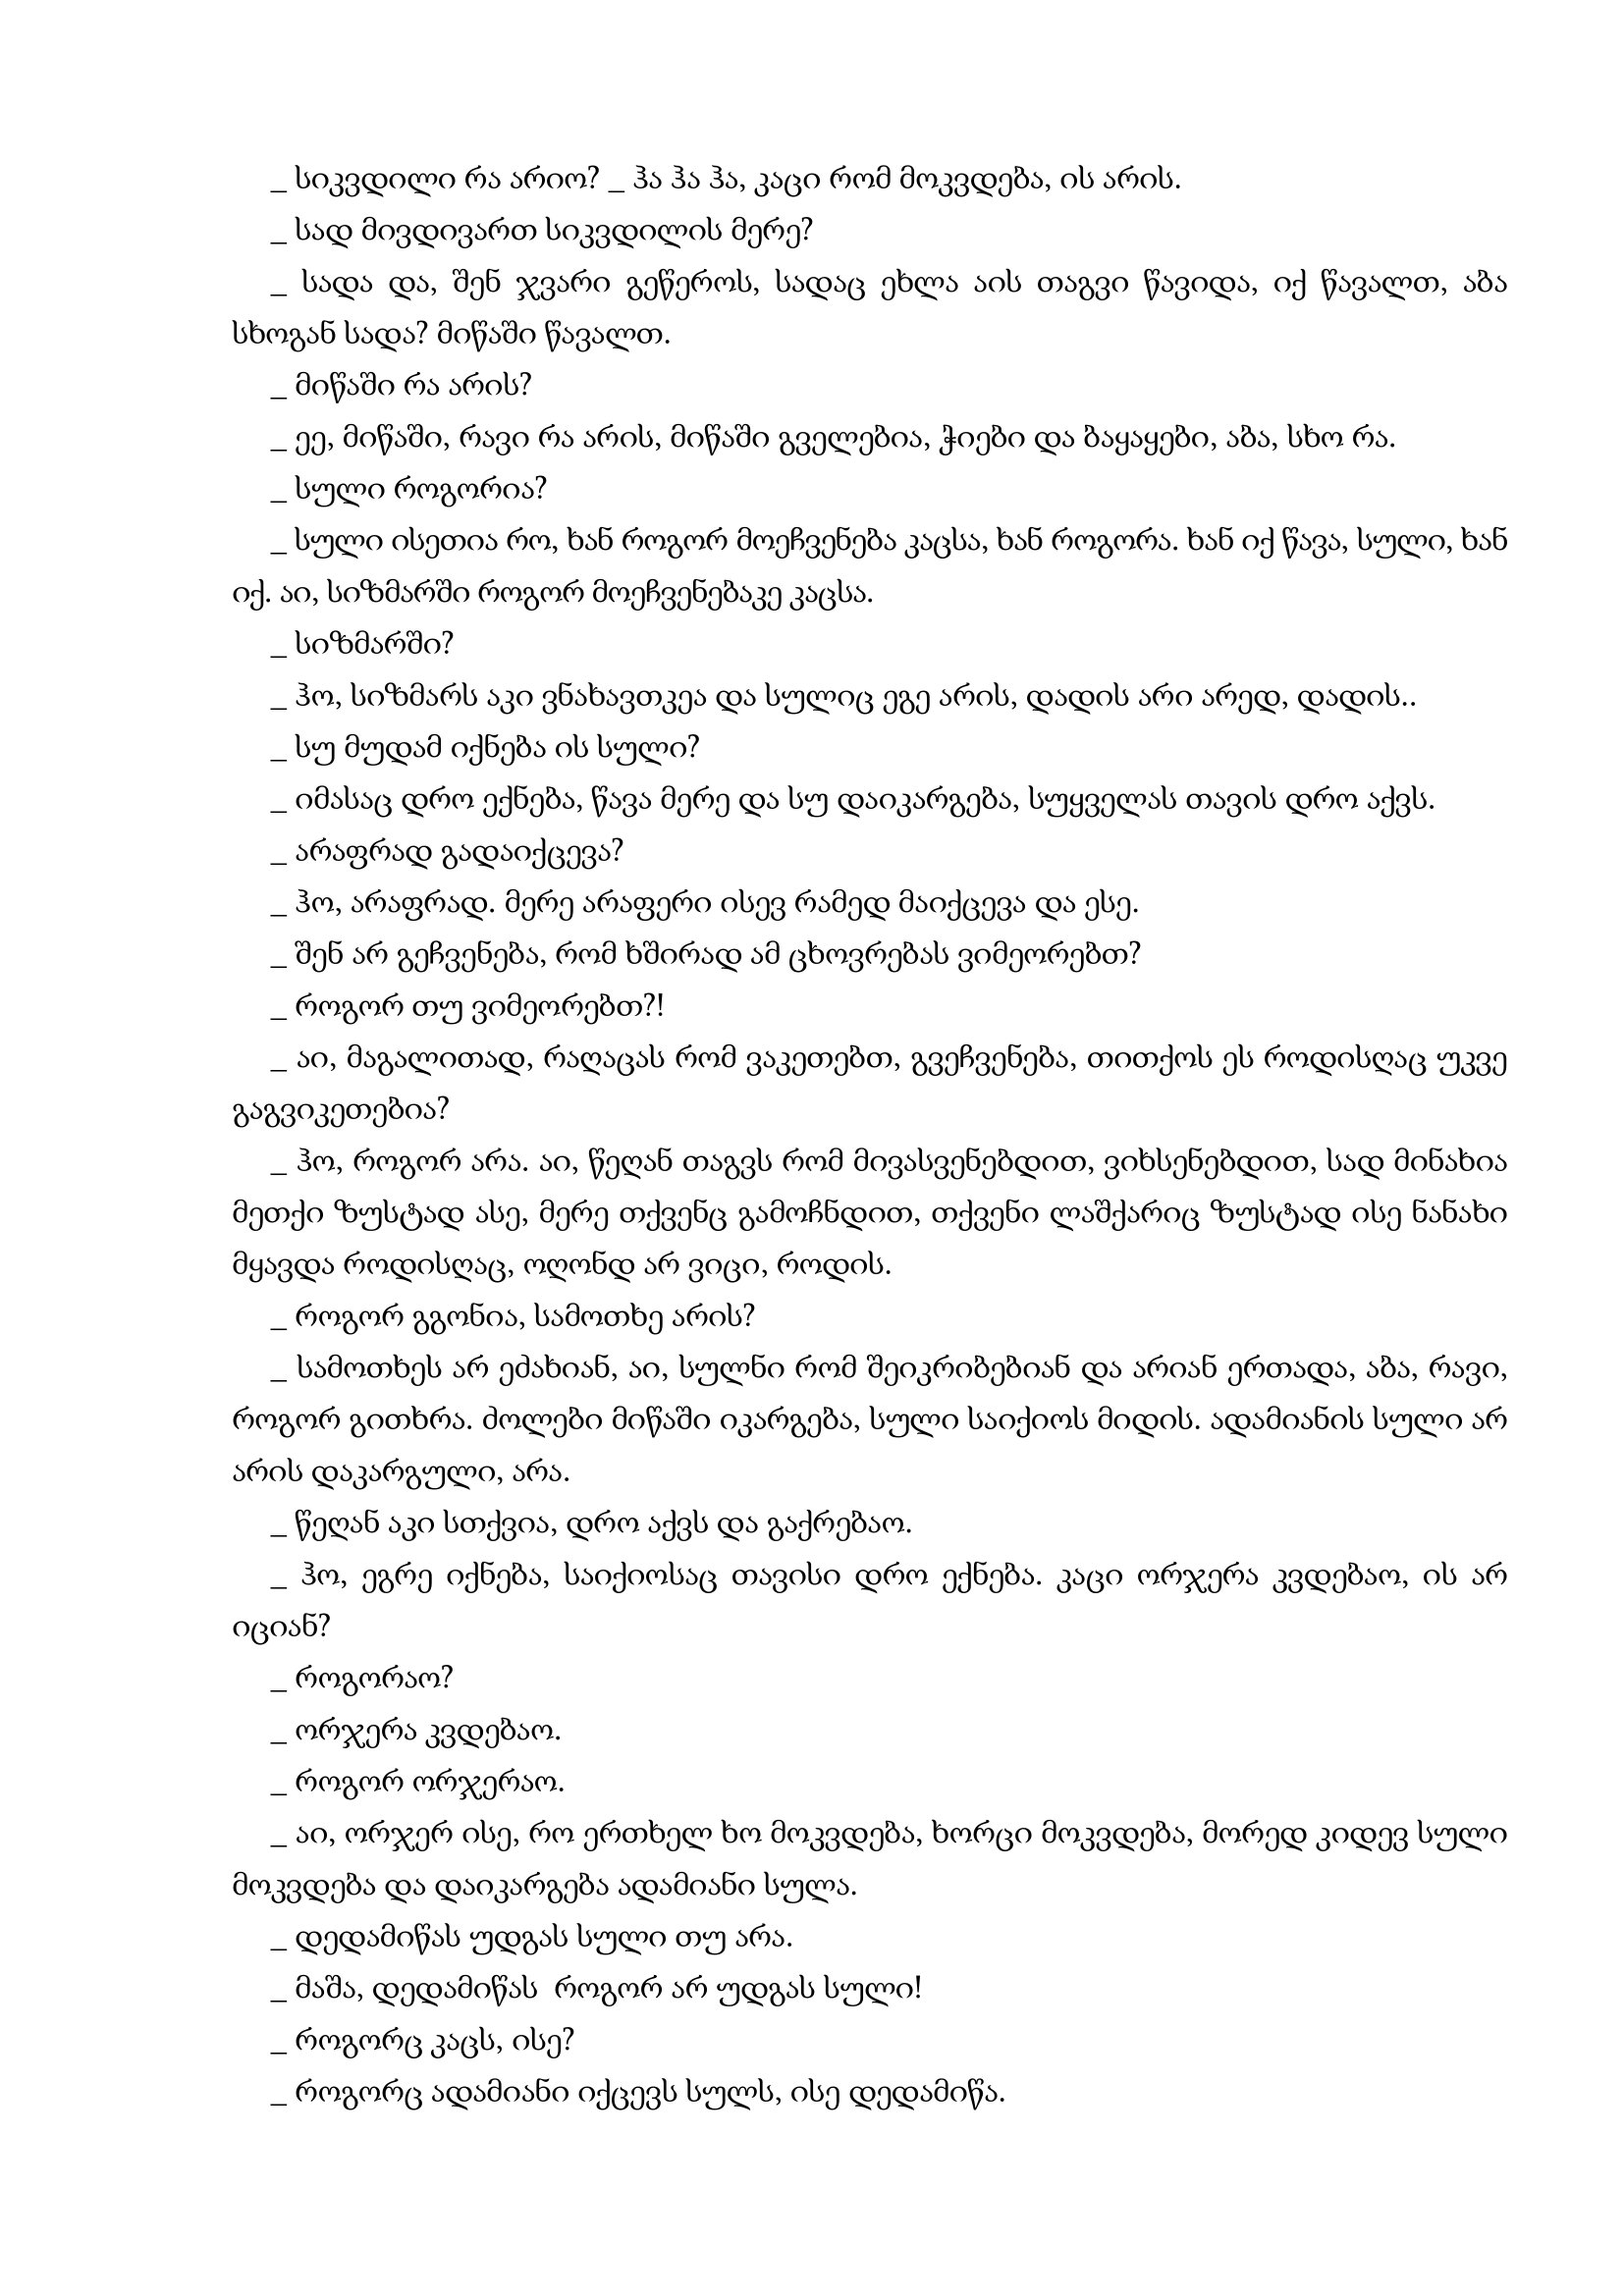
Language: gr